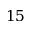
1 5